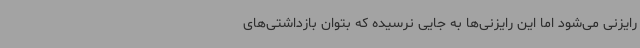
رایزنی می‌شود اما این رایزنی‌ها به جایی نرسیده که بتوان بازداشتی‌های